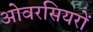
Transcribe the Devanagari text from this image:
ओवरसियरों